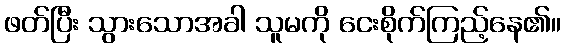
ဖတ်ပြီး သွားသောအခါ သူမကို ငေးစိုက်ကြည့်နေ၏။